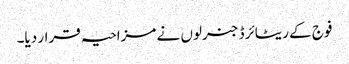
فوج کے ریٹائرڈ جنرلوں نے مزاحیہ قرار دیا۔